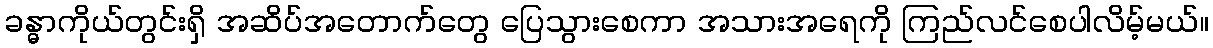
ခန္ဓာကိုယ်တွင်းရှိ အဆိပ်အတောက်တွေ ပြေသွားစေကာ အသားအရေကို ကြည်လင်စေပါလိမ့်မယ်။